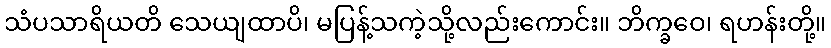
သံပသာရိယတိ သေယျထာပိ၊ မပြန့်သကဲ့သို့လည်းကောင်း။ ဘိက္ခဝေ၊ ရဟန်းတို့။